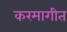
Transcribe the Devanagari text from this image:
करमागीत